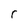
Character: r